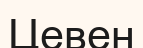
Цевен